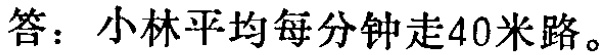
答：小林平均每分钟走40米路。